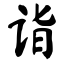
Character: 诣